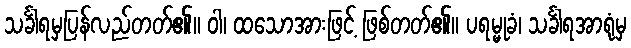
သင်္ခါရမှပြန်လည်တတ်၏။ ဝါ၊ ထသောအားဖြင့် ဖြစ်တတ်၏။ ပရမ္မုခံ၊ သင်္ခါရအာရုံမှ